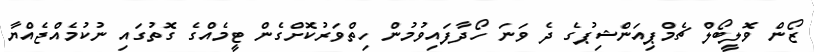
ޒޯން ވޮލީބޯލް ޗެމްޕިއަންޝިޕުގެ ދެ ވަނަ ހޯދާފައިވުމުން ހިތްވަރުކޮށްގެން ޓީމެއްގެ ގޮތުގައި ނުކުމެއްޖެއްޔާ